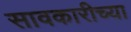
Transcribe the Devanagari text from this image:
सावकारीच्या